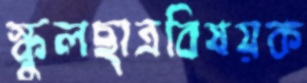
স্কুলছাত্রবিষয়ক